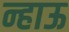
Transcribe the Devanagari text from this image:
न्हाऊ